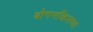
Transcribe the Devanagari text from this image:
बोगनव्हिलच्या